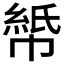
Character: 𫷏